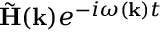
\tilde { \bf H } ( { \bf k } ) e ^ { - i \omega ( { \bf k } ) t }